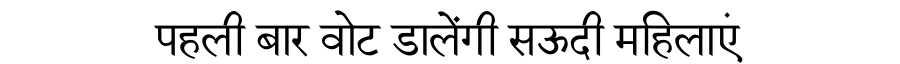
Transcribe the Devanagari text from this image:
पहली बार वोट डालेंगी सऊदी महिलाएं